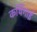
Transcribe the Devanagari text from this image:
कर्थिगाई